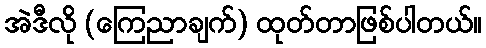
အဲဒီလို (ကြေညာချက်) ထုတ်တာဖြစ်ပါတယ်။